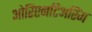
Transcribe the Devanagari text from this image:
ओरिएनटिअरिंग